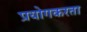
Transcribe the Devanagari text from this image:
प्रयोगकरता